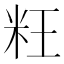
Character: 𰪬